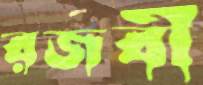
রজবী